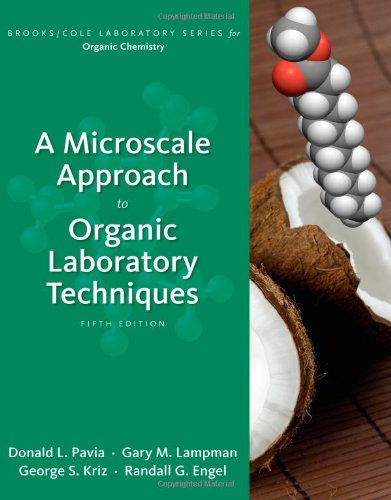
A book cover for A Microscale Approach to Organic Laboratory Techniques (Brooks/Cole Laboratory Series for Organic Chemistry); Donald L. Pavia; Science & Math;